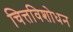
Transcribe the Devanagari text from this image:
चित्तविशोधन